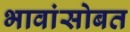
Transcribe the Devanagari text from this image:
भावांसोबत